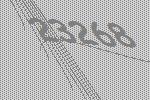
23268